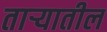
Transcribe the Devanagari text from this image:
ताऱ्यातील